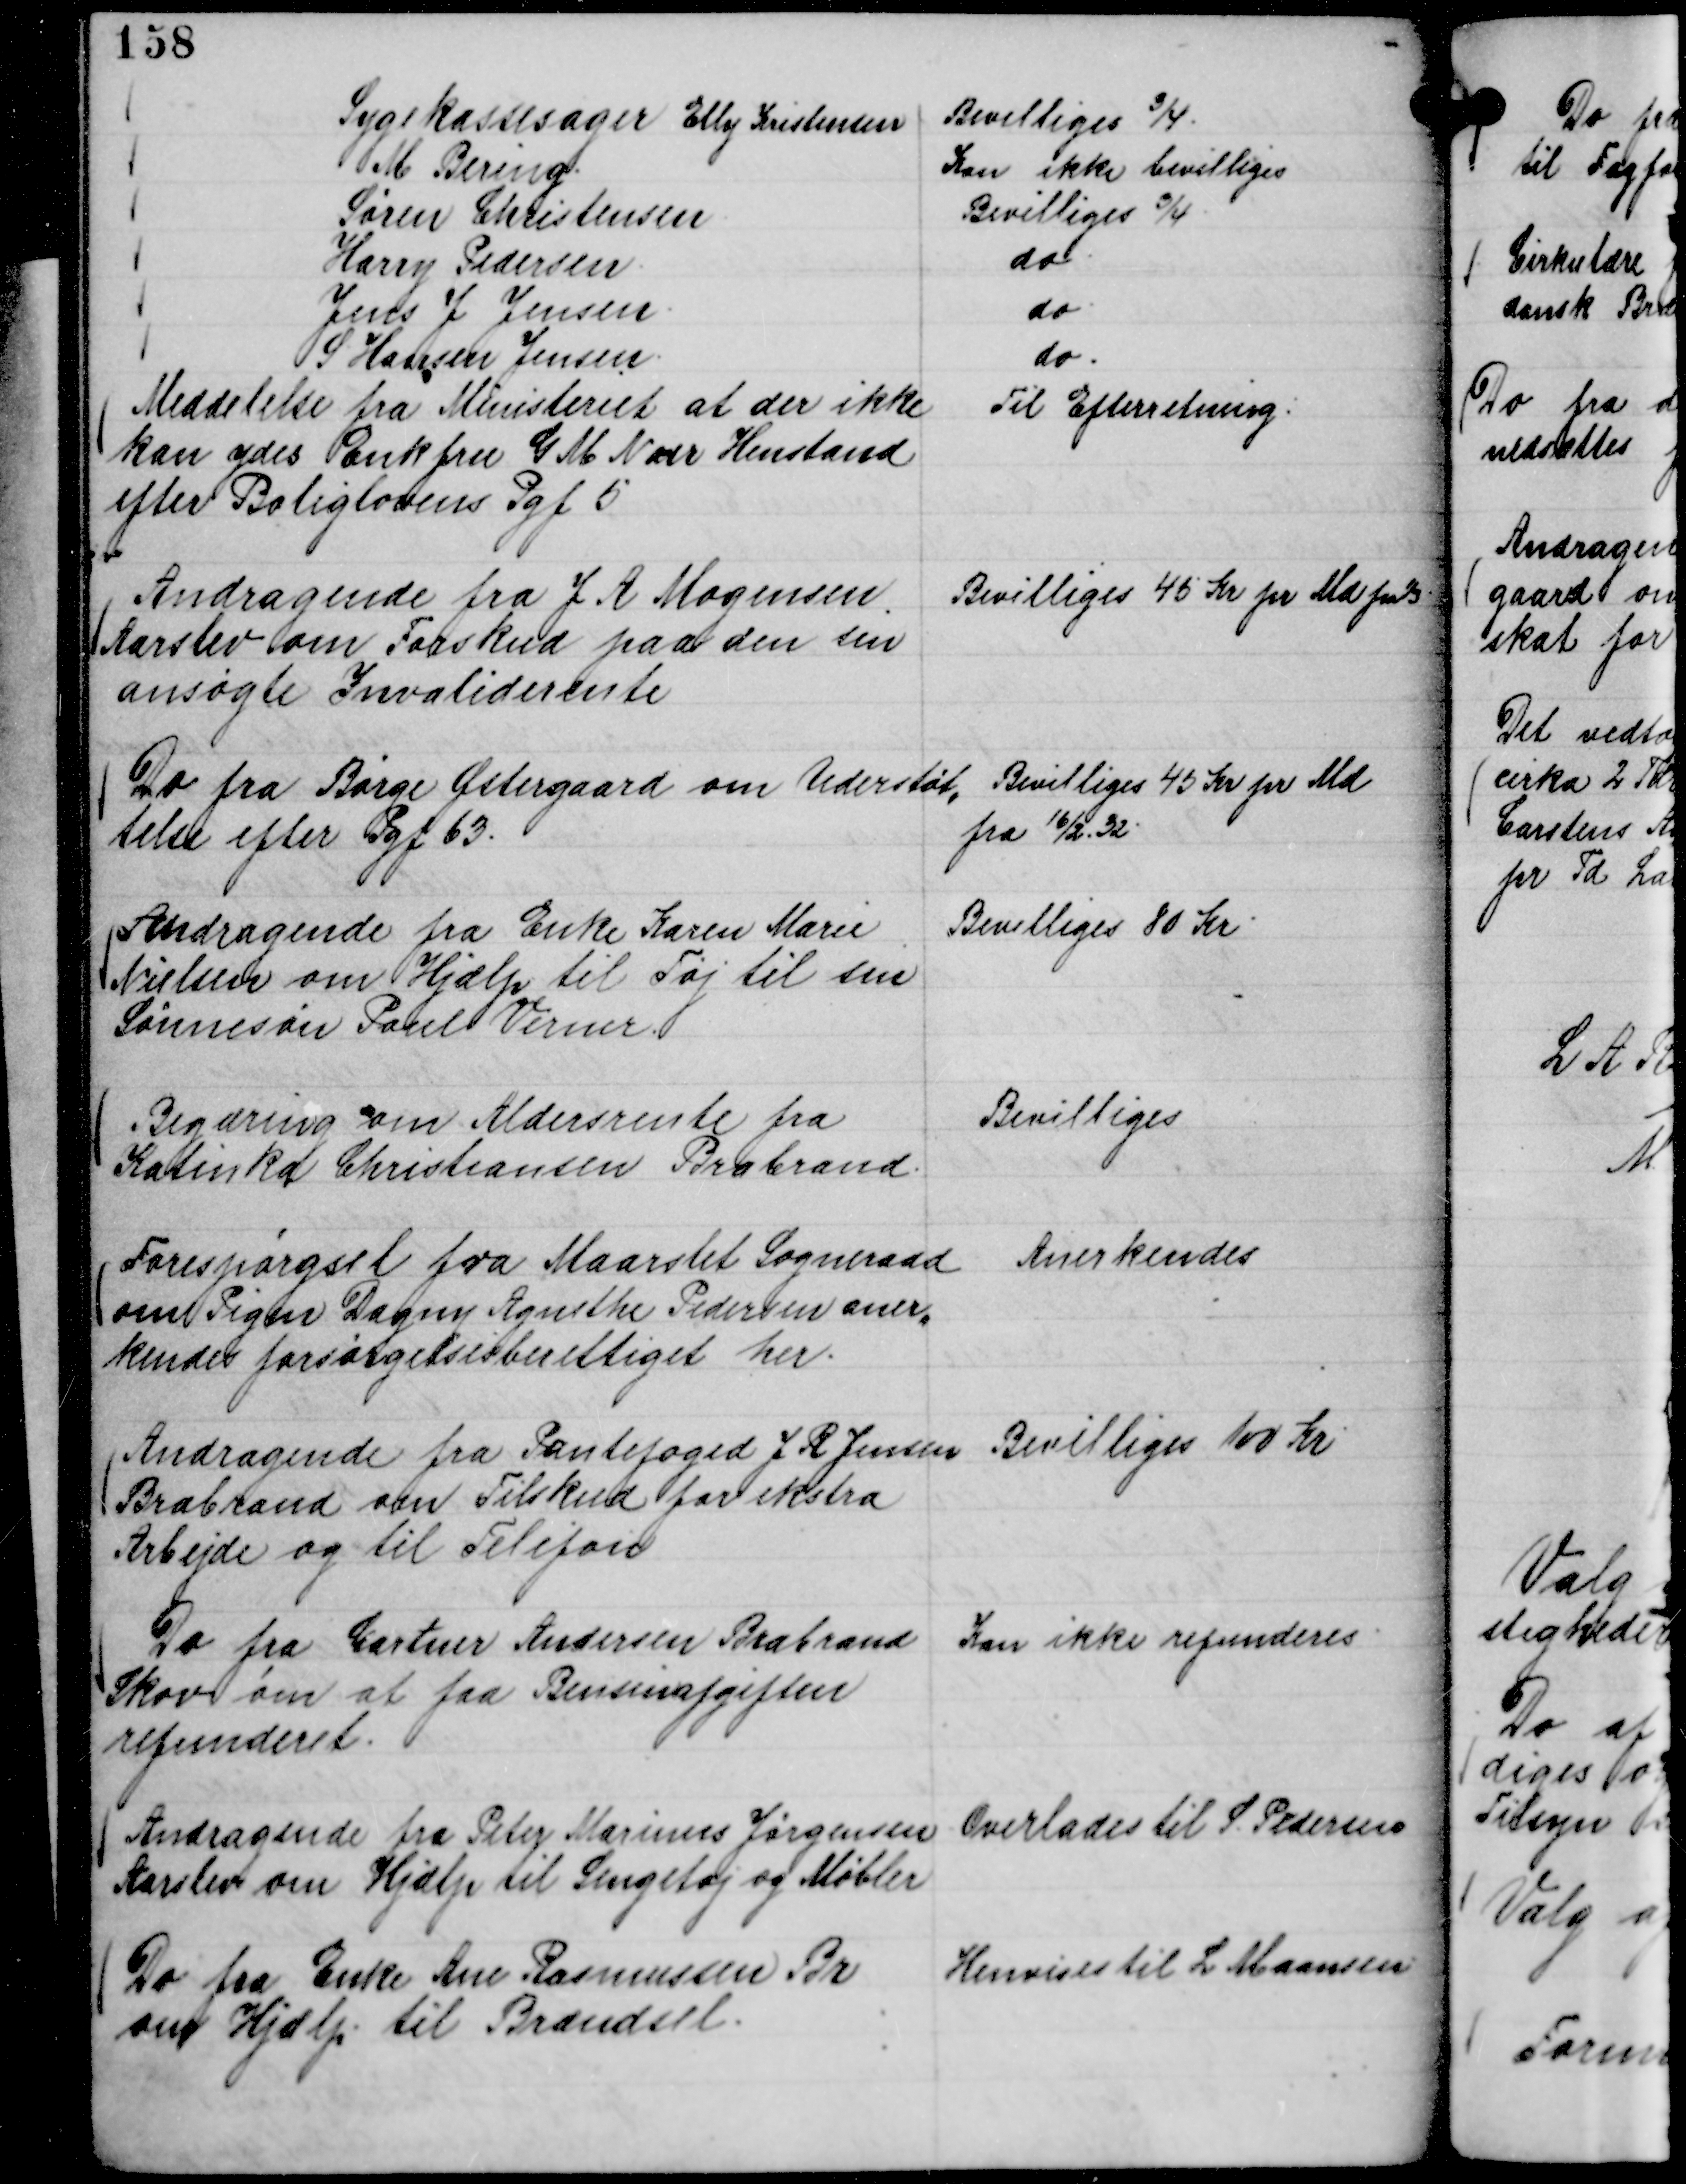
Transskription:
Sygekassesager
Elly Kristensen
Bevilliges ¾.
M Bering.
Kan ikke bevilliges
Søren Christensen.
Bevilliges ¾.
Harry Pedersen.
do.
Jens J Jensen.
do.
S Hansen Jensen.
do.

Meddelelse fra Ministeriet at der ikke
kan ydes Enkfru G M Noer Henstand
efter Boliglovens Pgf 5

Til Efterretning.

Andragende fra J A Mogensen
Aarslev om Forskud paa den sin
ansøgte Invaliderente

Bevilliges 45 Kr pr Md fra 1/3.

Do fra Børge Østergaard om Understøt,,
telse efter Pgf 63.

Bevilliges 45 Kr pr Md
fra 16/2 32.

Andragende fra Enke Karen Marie
Nielsen om Hjælp til Tøj til sin
Sønnesøn Paul Verner.

Bevilliges 80 Kr.

Begæring om Aldersrente fra
Katinka Christiansen Brabrand.

Bevilliges

Forespørgsel fra Maarslet Sogneraad
om Pigen Dagny Agnethe Pedersen aner,,
kendes forsørgelsesberettiget her.

Anerkendes

Andragende fra Pantefoged J R Jensen
Brabrand om Tilskud for ekstra
Arbejde og til Telefon

Bevilliges 100 Kr

Do fra Gartner Andersen Brabrand
Skov om at faa Bensinafgiften
refunderet.

Kan ikke refunderes.

Andragende fra Peter Marinus Jørgensen
Aarslev om Hjælp til Sengetøj og Møbler

Overlades til S. Pedersen

Do fra Enke Ane Rasmussen Br
om Hjælp til Brændsel.

Henvises til L Maansen